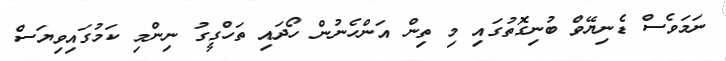
ނަމަވެސް ޑެނިޔޭވް ބުނިގޮތުގައި މި ތިން އަންހެނުން ހޯދައި ތަހްގީގު ނިންމި ކަމުގައިވިޔަސް